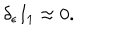
\delta _ { \epsilon } I _ { 1 } \approx 0 .